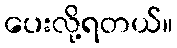
ပေးလို့ရတယ်။